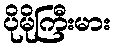
ပိုမိုကြီးမား